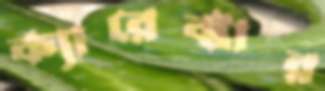
ক্যারেক্টার